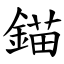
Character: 錨